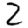
Digit: 2